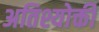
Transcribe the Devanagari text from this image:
अतिश्योक्ती